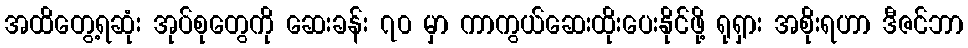
အထိတွေ့ရဆုံး အုပ်စုတွေကို ဆေးခန်း ၇၀ မှာ ကာကွယ်ဆေးထိုးပေးနိုင်ဖို့ ရုရှား အစိုးရဟာ ဒီဇင်ဘာ